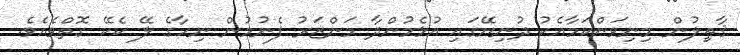
ޤާޠިލުން މިނިވަންކަމާއެކު ދުނިޔޭގައި އުޅެމުންދާ މަންޒަރު ފެނުމުން ނިހާގެ ލޭ ކެކޭ ގޮތްވެއެވެ.